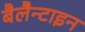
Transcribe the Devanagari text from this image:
बैलैन्टाइन